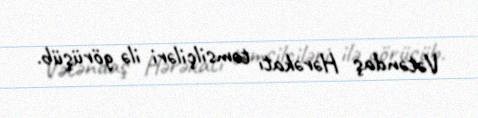
Vətəndaş Hərəkatı təmsilçiləri ilə görüşüb.